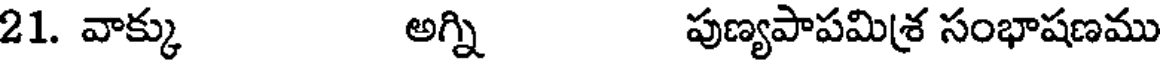
21. వాక్కు అగ్ని పుణ్యపాపమి(శ సంభాషణము